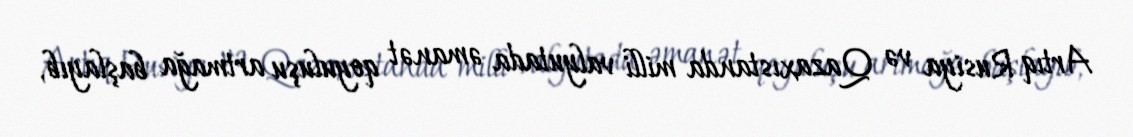
Artıq Rusiya və Qazaxıstanda milli valyutada əmanət qoyuluşu artmağa başlayıb,